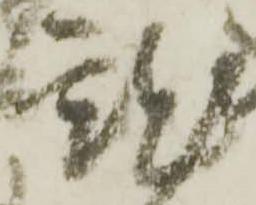
就